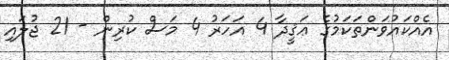
އެއްކައުވަންތަކަމުގެ ޢަޤީދާ 4 އަހަރު 4 މަސް ކުރިން - 21 ޖުލައި